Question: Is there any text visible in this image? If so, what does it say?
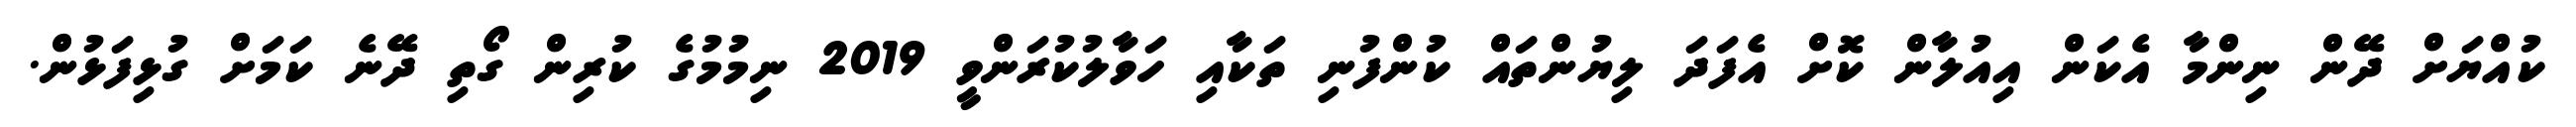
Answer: ކުއްޔަށް ދޭން ނިންމާ އެކަން އިއުލާން ކޮށް އެފަދަ ލިޔުންތައް ކުންފުނި ތަކާއި ހަވާލުކުރަންވީ 2019 ނިމުމުގެ ކުރިން ގޯތި ދޭނެ ކަމަށް ގުޅިފަޅުން.